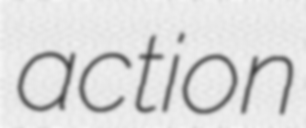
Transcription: action